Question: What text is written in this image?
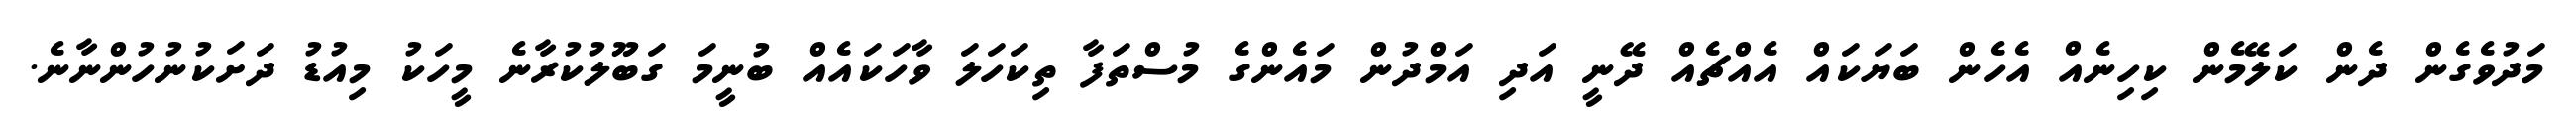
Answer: މަދުވެގެން ދެން ކަލޭމެން ކިހިނެއް އެހެން ބަޔަކައް އެއްޗެއް ދޭނީ އަދި އަމްދުން މައެންގެ މުސްތަފާ ތިކަހަލަ ވާހަކައެއް ބުނީމަ ގަބޫލުކުރާނެ މީހަކު މިއުޑު ދަށަކުނުހުންނާނެ.